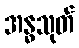
အန္ဓသုတ်